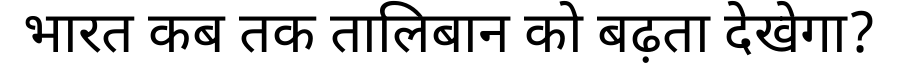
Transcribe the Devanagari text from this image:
भारत कब तक तालिबान को बढ़ता देखेगा?